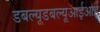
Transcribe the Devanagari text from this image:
डबल्यूडबल्यूआईआई